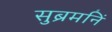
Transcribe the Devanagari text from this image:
सुब्रमनिं